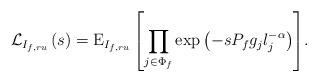
LaTeX: \begin{align*} {{\cal L}_{{I_{f,ru}}}}\left( s \right) = {{{\rm{E}}_{{I_{f,ru}}}}\left[ {\prod\limits_{{j} \in {\Phi _f}} {\exp \left( { - s{P_f}{g_{{j}}}l_j^{-\alpha}} \right)} } \right]}.\end{align*}